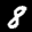
Label: 8